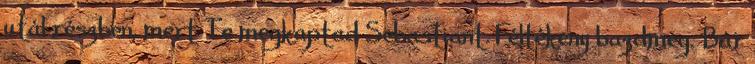
utál részben, mert Te megkaptad Sebastiant. Féltékeny bazdmeg. Bár